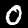
Digit: 0